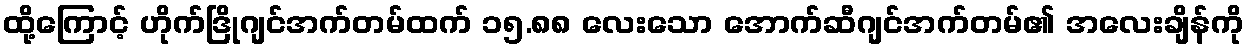
ထို့ကြောင့် ဟိုက်ဒြိုဂျင်အက်တမ်ထက် ၁၅.၈၈ လေးသော အောက်ဆီဂျင်အက်တမ်၏ အလေးချိန်ကို